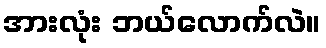
အားလုံး ဘယ်လောက်လဲ။